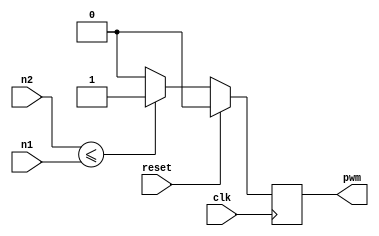
`timescale 1ns / 1ps
//////////////////////////////////////////////////////////////////////////////////
// Company: TEC
// 
// Design Name: 
// Module Name:    comparador10 
// Project Name: Proyecto 1
// Target Devices: Nexys 3
// Tool versions: 
// Description: Este modulo compara 2 numeros binarios de 10 bits
//
// Dependencies: 
//
// Revision: 
// Revision 0.01 - File Created
// Additional Comments: 
//
//////////////////////////////////////////////////////////////////////////////////
module comparador10(
    input wire [9:0] n1,
    input wire [9:0] n2,
	 input wire clk,
	 input reset,
    output reg pwm
    );
	//initial pwm=1'b0;						//hay que quitarlo,******* Genera problemas al quitarlo?
	always @(posedge clk)
		if(reset)
			pwm<=1'b0;
		else
			if (n2<=n1)
				pwm<=1'b1;
			else pwm<=1'b0;

endmodule